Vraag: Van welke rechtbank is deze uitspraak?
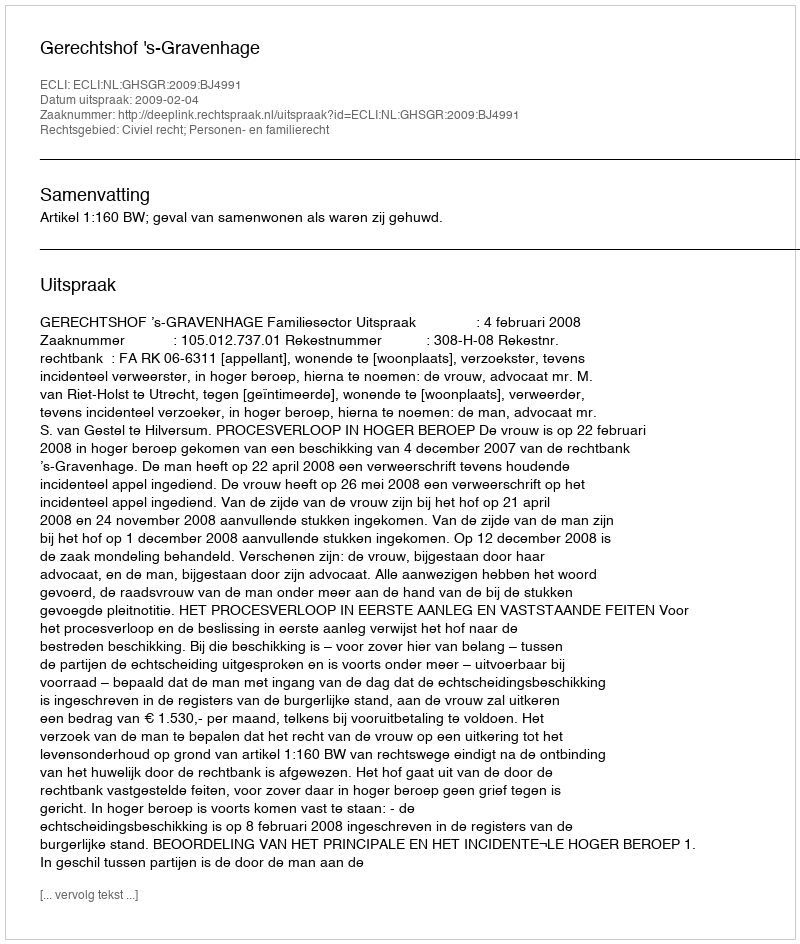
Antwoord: Gerechtshof 's-Gravenhage